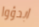
ابدؤوا